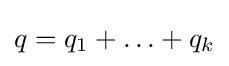
q=q_{1}+\ldots +q_{k}